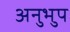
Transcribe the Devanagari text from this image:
अनुभुप